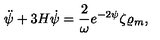
\ddot { \psi } + 3 H \dot { \psi } = { \frac { 2 } { \omega } } e ^ { - 2 \psi } \zeta \varrho _ { m } ,